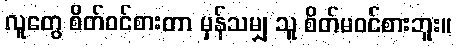
လူတွေ စိတ်ဝင်စားတာ မှန်သမျှ သူ စိတ်မဝင်စားဘူး။